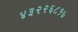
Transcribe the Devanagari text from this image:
४३२२६८१७